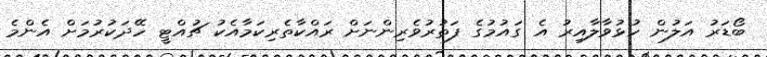
ބޯޑަރު އަލުން ހުޅުވާލާއިރު އެ ގައުމުގެ ފަތުރުވެރިންނަށް ރައްކާތެރިކަމާއެކު ޗުއްޓީ ހޭދަކުރުމަށް އެންމެ